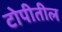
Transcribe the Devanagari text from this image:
टोपीतील